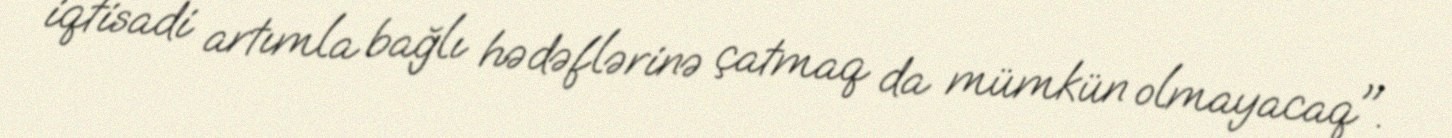
iqtisadi artımla bağlı hədəflərinə çatmaq da mümkün olmayacaq".